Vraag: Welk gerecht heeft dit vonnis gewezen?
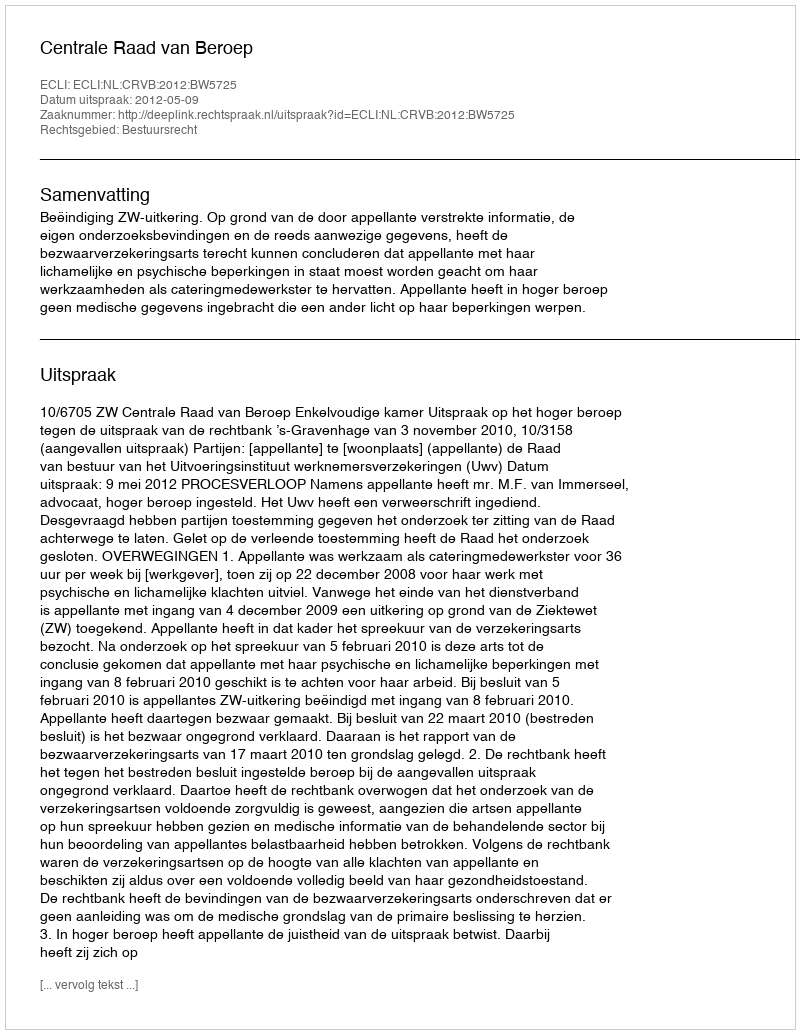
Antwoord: Centrale Raad van Beroep